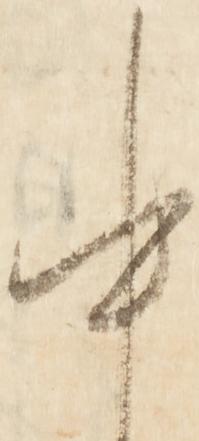
中